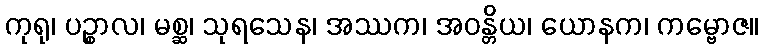
ကုရု၊ ပဉ္စာလ၊ မစ္ဆ၊ သုရသေန၊ အဿက၊ အဝန္တိယ၊ ယောနက၊ ကမ္ဗောဇ။